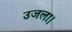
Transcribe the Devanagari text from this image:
उजला।